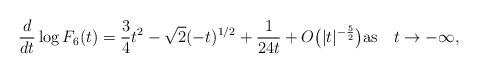
LaTeX: \begin{gather*}\frac{d}{dt}\log F_{6}(t)=\frac{3}{4}t^2-\sqrt{2}(-t)^{1/2}+\frac{1}{24 t}+O\big(|t|^{-\frac{5}{2}}\big)\mbox{as \ \ $t\to-\infty$},\end{gather*}